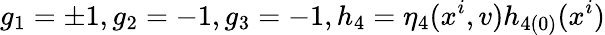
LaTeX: g_{1}=\pm 1,g_{2}=-1,g_{3}=-1,h_{4}=\eta_{4}(x^{i},v)h_{4(0)}(x^{i})